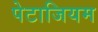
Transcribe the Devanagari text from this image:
पेटाजियम